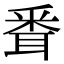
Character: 䎹